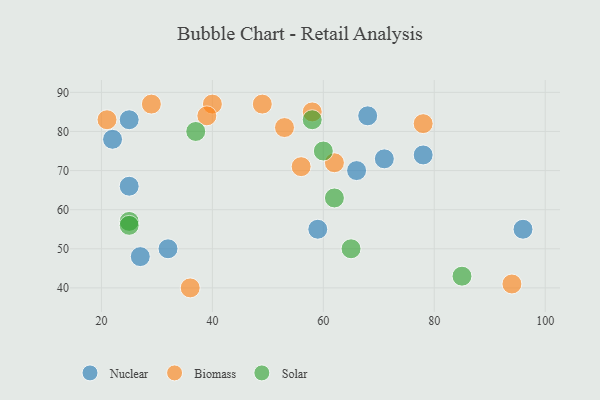
{"axis": {"x": "GDP", "y": "Life Expectancy"}, "legend": ["Biomass", "Nuclear", "Solar"], "data": [{"x": "32", "y": 50, "type": "Nuclear"}, {"x": "71", "y": 73, "type": "Nuclear"}, {"x": "96", "y": 55, "type": "Nuclear"}, {"x": "22", "y": 78, "type": "Nuclear"}, {"x": "66", "y": 70, "type": "Nuclear"}, {"x": "59", "y": 55, "type": "Nuclear"}, {"x": "25", "y": 83, "type": "Nuclear"}, {"x": "25", "y": 66, "type": "Nuclear"}, {"x": "68", "y": 84, "type": "Nuclear"}, {"x": "78", "y": 74, "type": "Nuclear"}, {"x": "27", "y": 48, "type": "Nuclear"}, {"x": "94", "y": 41, "type": "Biomass"}, {"x": "53", "y": 81, "type": "Biomass"}, {"x": "29", "y": 87, "type": "Biomass"}, {"x": "58", "y": 85, "type": "Biomass"}, {"x": "40", "y": 87, "type": "Biomass"}, {"x": "78", "y": 82, "type": "Biomass"}, {"x": "21", "y": 83, "type": "Biomass"}, {"x": "56", "y": 71, "type": "Biomass"}, {"x": "39", "y": 84, "type": "Biomass"}, {"x": "36", "y": 40, "type": "Biomass"}, {"x": "49", "y": 87, "type": "Biomass"}, {"x": "62", "y": 72, "type": "Biomass"}, {"x": "60", "y": 75, "type": "Solar"}, {"x": "65", "y": 50, "type": "Solar"}, {"x": "37", "y": 80, "type": "Solar"}, {"x": "25", "y": 57, "type": "Solar"}, {"x": "58", "y": 83, "type": "Solar"}, {"x": "62", "y": 63, "type": "Solar"}, {"x": "85", "y": 43, "type": "Solar"}, {"x": "25", "y": 56, "type": "Solar"}]}